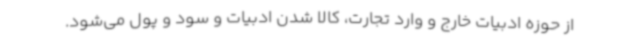
از حوزه ادبیات خارج و وارد تجارت، کالا شدن ادبیات و سود و پول می‌شود.